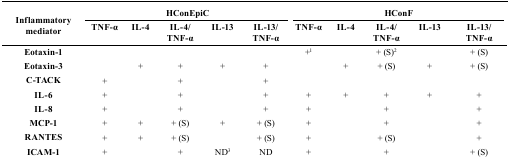
| <ROWSPAN=2> Inflammatory mediator | <COLSPAN=5> HConEpiC | <COLSPAN=5> HConF |
 | TNF-α | IL-4 | IL-4/ TNF-α | IL-13 | IL-13/ TNF-α | TNF-α | IL-4 | IL-4/ TNF-α | IL-13 | IL-13/ TNF-α |
 | --- | --- | --- | --- | --- | --- | --- | --- | --- | --- | --- |
 | Eotaxin-1 |  |  |  |  |  | +1 |  | + (S)2 |  | + (S) |
 | Eotaxin-3 |  | + | + | + | + |  | + | + (S) | + | + (S) |
 | C-TACK | + |  | + |  | + |  |  |  |  |  |
 | IL-6 | + |  | + |  | + | + | + | + | + | + |
 | IL-8 | + |  | + |  | + | + |  | + |  | + |
 | MCP-1 | + | + | + (S) | + | + (S) | + |  | + |  | + |
 | RANTES | + | + | + (S) |  | + (S) | + |  | + (S) |  | + |
 | ICAM-1 | + |  | + | ND3 | ND | + |  | + |  | + (S) |